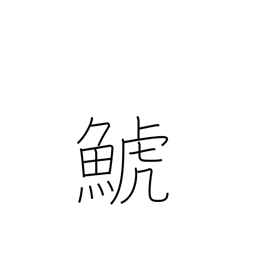
Meaning: killer whale